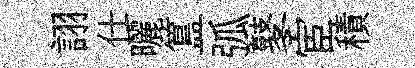
詡仕曬簋弧鼕宦積